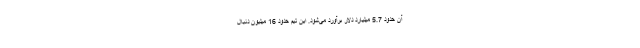
آن حدود 5.7 میلیارد دلار برآورد می‌شود. این تیم حدود 16 میلیون دنبال